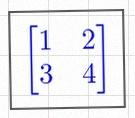
\begin{bmatrix}1&2\\3&4\end{bmatrix}